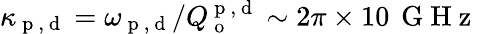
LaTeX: \kappa_{\mathrm{~p~,~d~}}=\omega_{\mathrm{~p~,~d~}}/Q_{\mathrm{~o~}}^{\mathrm{~p~,~d~}}\sim 2\pi\times 10\, \mathrm{~G~H~z~}